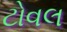
ટોવલ